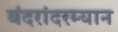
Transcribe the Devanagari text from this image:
बंदरांदरम्यान